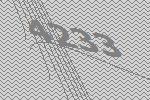
4233